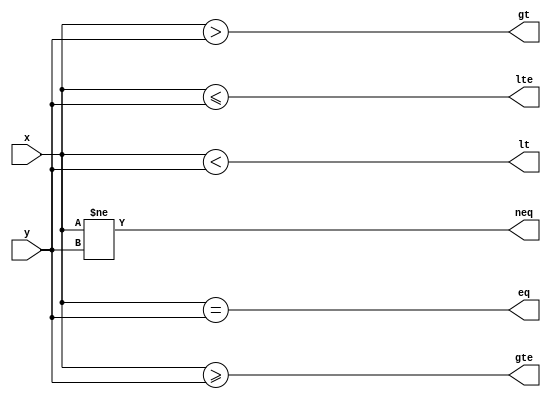
`timescale 1ns / 1ps
//////////////////////////////////////////////////////////////////////////////////
// Company: 
// Engineer: 
// 
// Design Name: 
// Module Name: comparator
// Project Name: 
// Target Devices: 
// Tool Versions: 
// Description: 
// 
// Dependencies: 
// 
// Revision:
// Revision 0.01 - File Created
// Additional Comments:
// 
//////////////////////////////////////////////////////////////////////////////////


module comparator
#(
    parameter WIDTH = 8
)
(
    input [WIDTH - 1:0] x,y,
    output eq, neq, lt, lte, gt, gte
);
    assign eq = (x == y);
    assign neq = (x != y);
    assign lt = (x < y);
    assign lte = (x <= y);
    assign gt = (x > y);
    assign gte = (x >= y); 
endmodule